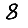
Digit: 8